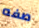
صفه